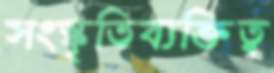
সংস্কৃতিব্যক্তিত্ব